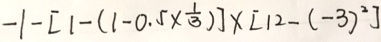
- 1 - [ 1 - ( 1 - 0 . 5 \times \frac { 1 } { 3 } ) ] \times [ 1 2 - ( - 3 ) ^ { 2 } ]